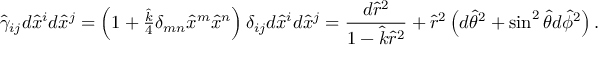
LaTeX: \hat { \gamma } _ { i j } d \hat { x } ^ { i } d \hat { x } ^ { j } = \left( 1 + \textstyle { \frac { \hat { k } } { 4 } } \delta _ { m n } \hat { x } ^ { m } \hat { x } ^ { n } \right) \delta _ { i j } d \hat { x } ^ { i } d \hat { x } ^ { j } = { \frac { d \hat { r } ^ { 2 } } { 1 - \hat { k } \hat { r } ^ { 2 } } } + \hat { r } ^ { 2 } \left( d \hat { \theta } ^ { 2 } + \sin ^ { 2 } \hat { \theta } d \hat { \phi } ^ { 2 } \right) .